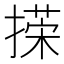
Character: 㨲